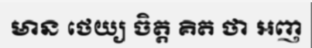
មាន ថេយ្យ ចិត្ត គិត ថា អញ